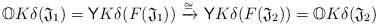
\begin{align*} \mathbb OK\delta(\mathfrak J_1) = \mathsf YK\delta(F(\mathfrak J_1)) \xrightarrow{\cong} \mathsf YK\delta(F(\mathfrak J_2)) = \mathbb OK\delta(\mathfrak J_2)\end{align*}